Civil Veterinary Dept. Bombay admin report 1907-1913 - 1907-1913
Year: 1907
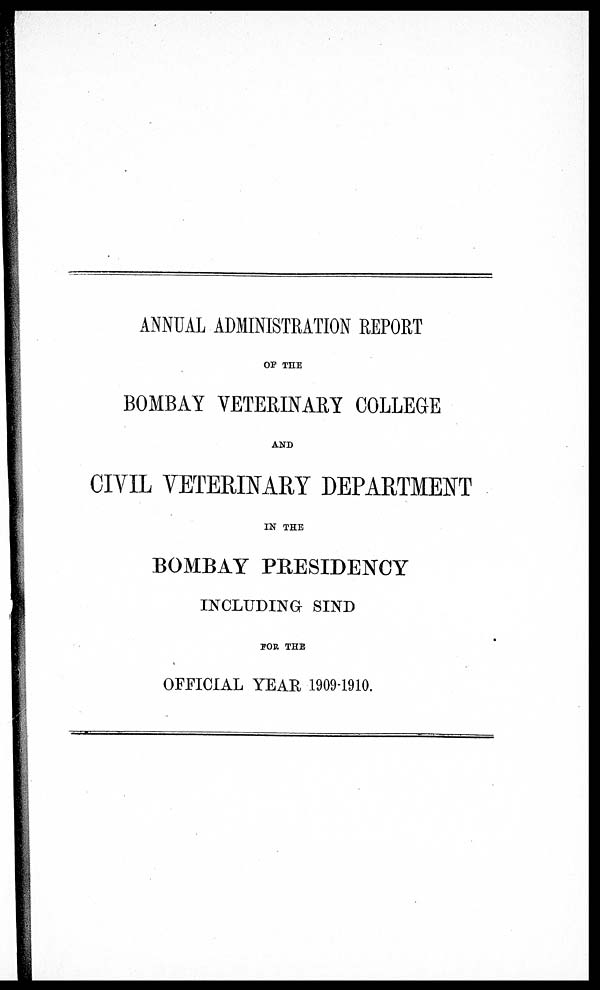
ANNUAL ADMINISTRATION REPORT
OF THE
BOMBAY VETERINARY COLLEGE
AND
CIVIL VETERINARY DEPARTMENT
IN THE
BOMBAY PRESIDENCY
INCLUDING SIND
FOR THE
OFFICIAL YEAR 1909-1910.